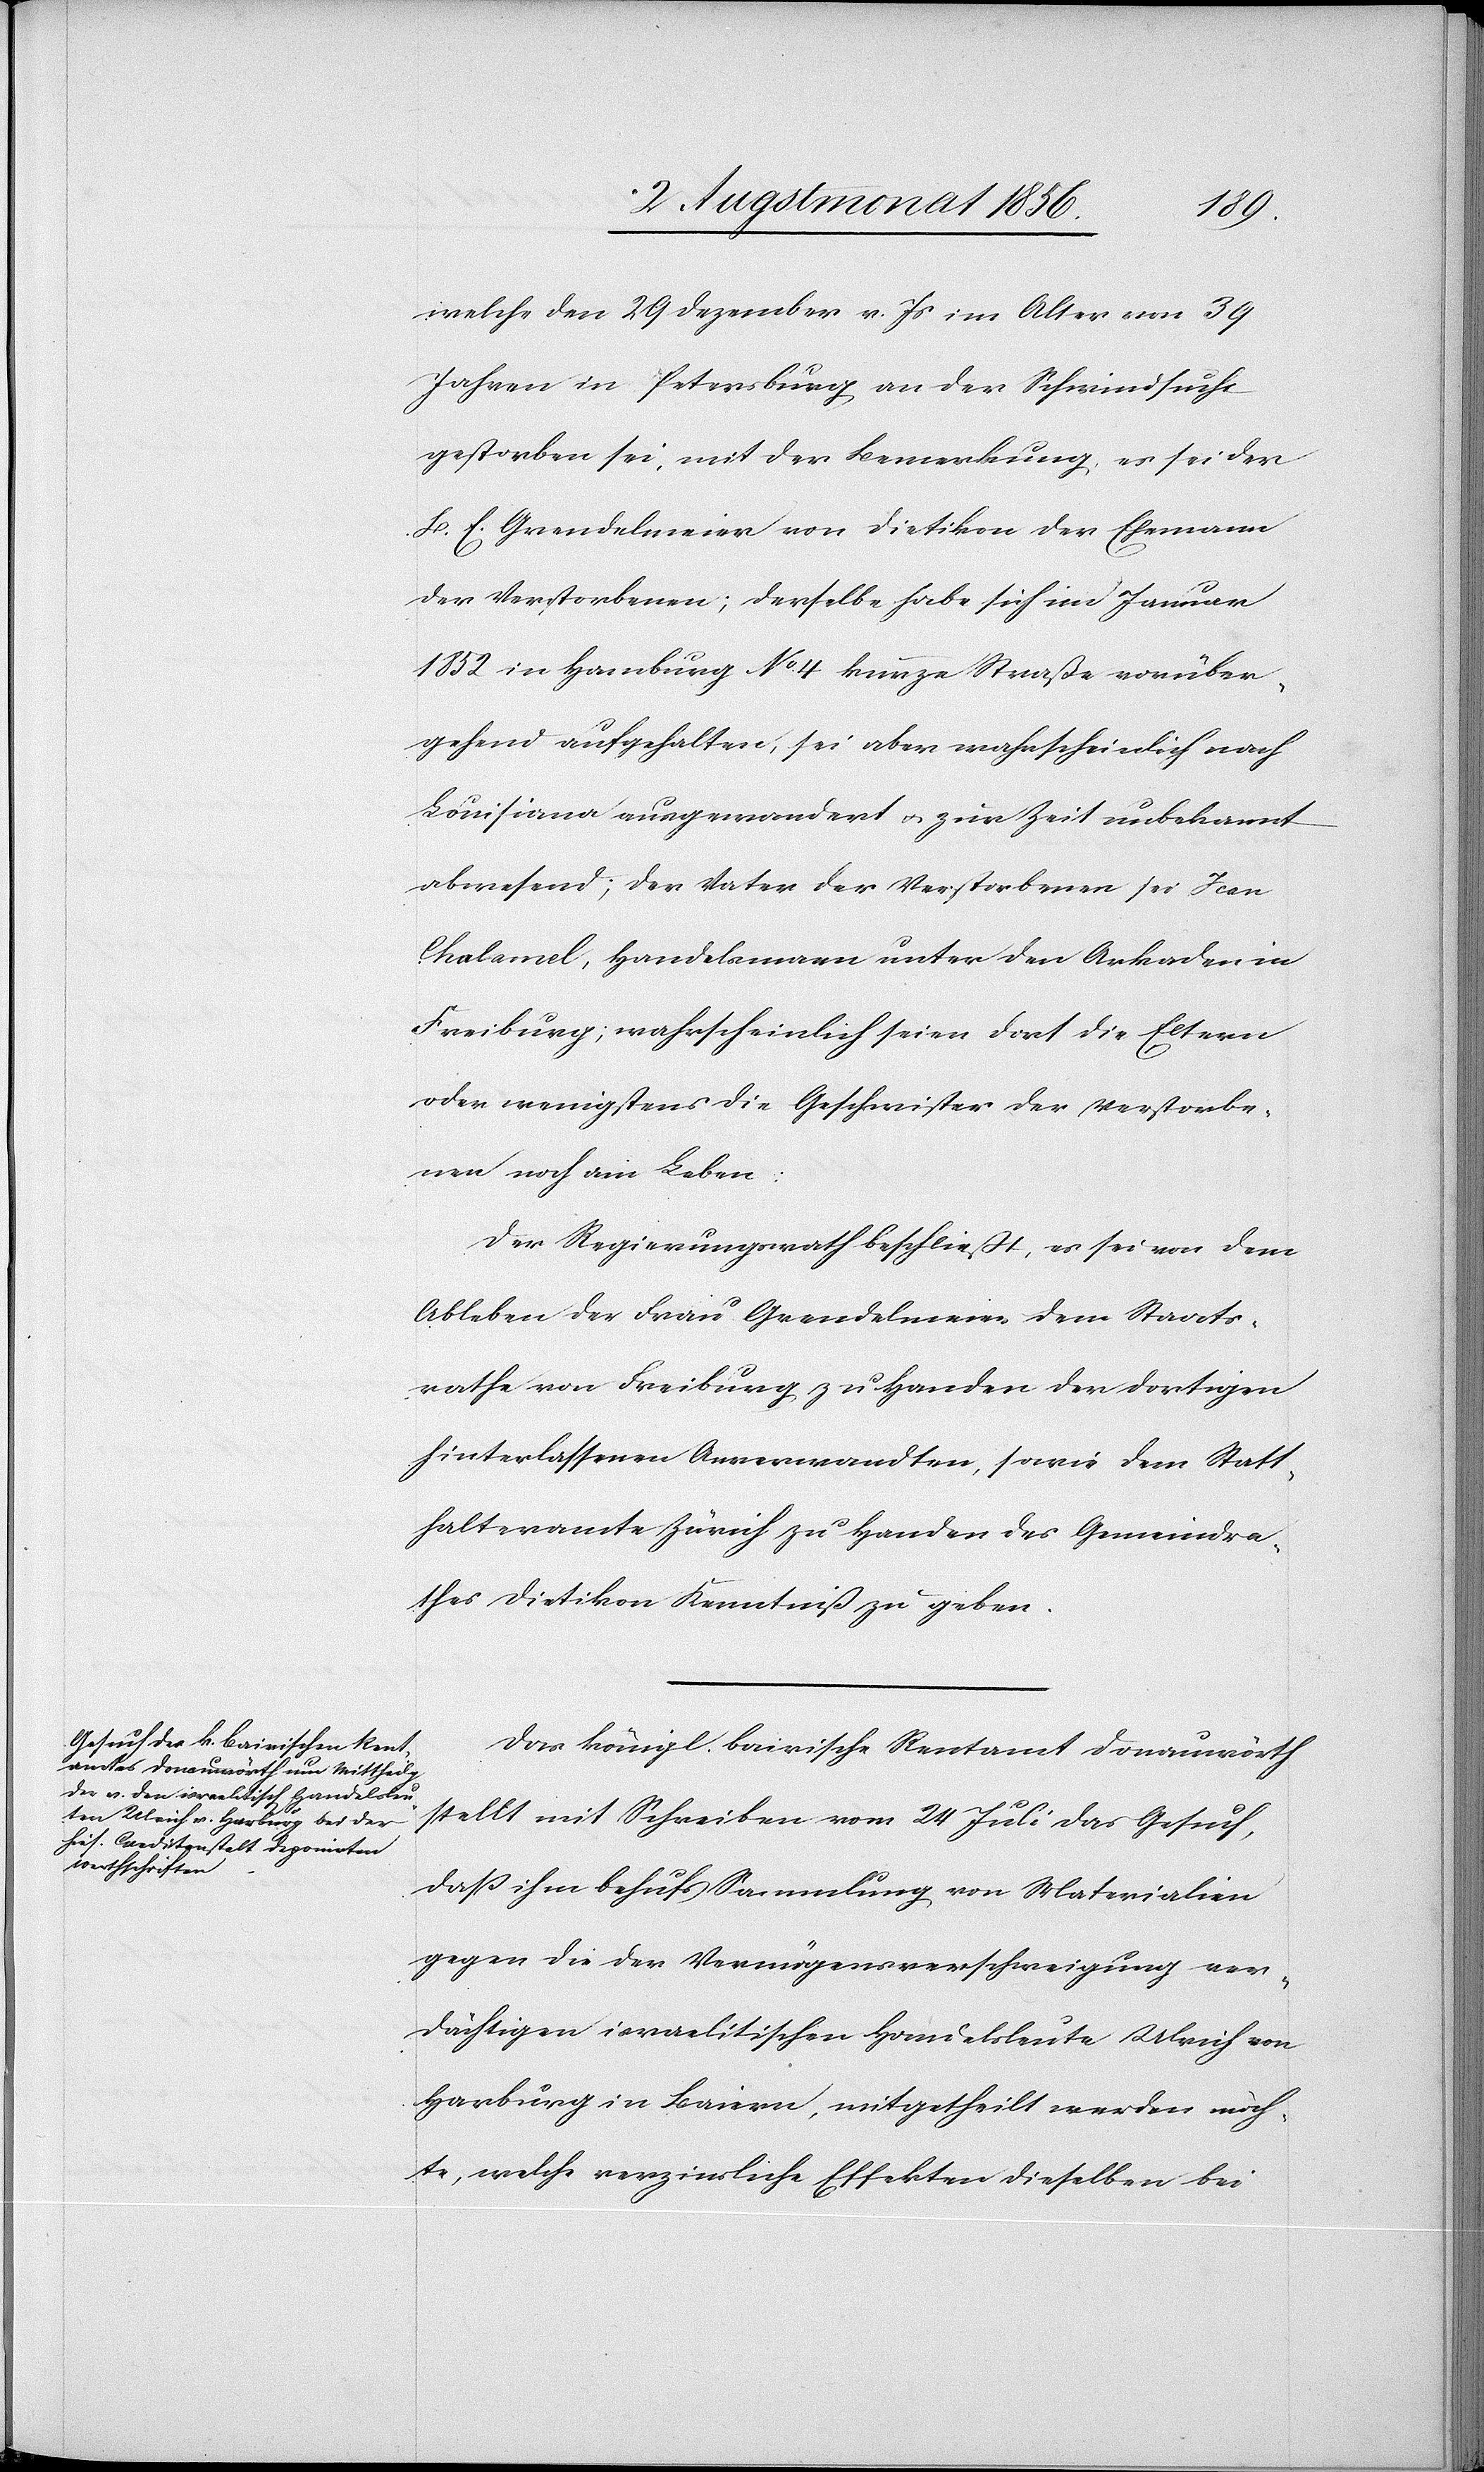
welche den 29 Dezember v. Js im Alter von 39
Jahren in Petersburg an der Schwindsucht
gestorben sei, mit der Bemerkung, es sei der
B. E. Grendelmeier von Dietikon der Ehemann
der Verstorbenen; derselbe habe sich im Januar
1852 in Hamburg No 4 kurze Straße vorüber¬
gehend aufgehalten, sei aber wahrscheinlich nach
Louisiana ausgewandert u. zur Zeit unbekannt
abwesend; der Vater der Verstorbenen sei Jean
Chalamel, Handelsmann unter den Arkaden in
Freiburg; wahrscheinlich seien dort die Eltern
oder wenigstens die Geschwister der Verstorbe¬
nen noch am Leben:
Der Regierungsrath beschließt, es sei von dem
Ableben der Frau Grendelmeier dem Staats¬
rathe von Freiburg zu Handen der dortigen
hinterlassenen Anverwandten, sowie dem Statt¬
halteramte Zürich zu Handen des Gemeindra¬
thes Dietikon Kenntniß zu geben.
Das königl. bairische Rentamt Donauwörth
stellt mit Schreiben vom 24 Juli das Gesuch,
dass ihm behufs Sammlung von Materialien
gegen die der Vermögensverschweigung ver¬
dächtigen israelitischen Handelsleute Ulrich von
Harburg in Baiern, mitgetheilt werden möch¬
te, welche verzinsliche Effekten dieselben bei